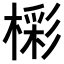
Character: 𣙓